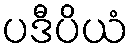
ပဒီပိယံ